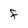
Character: f